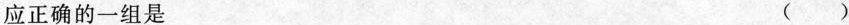
应正确的一组是 ( )